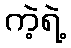
ကဲ့ရဲ့